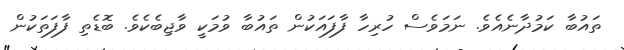
ތައުބާ ކަމުދާނެއެވެ. ނަމަވެސް ހުރިހާ ފާފައަކުން ތައުބާ ވުމަކީ ވާޖިބެކެވެ. ބޮޑެތި ފާފަތަކުން